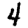
Digit: 4